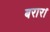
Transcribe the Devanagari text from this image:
बरार।